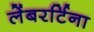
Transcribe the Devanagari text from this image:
लेंबरर्टिना